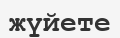
жүйете